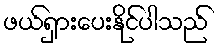
ဖယ်ရှားပေးနိုင်ပါသည်